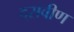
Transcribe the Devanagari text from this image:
दसवीण